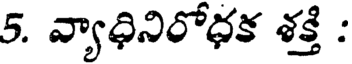
5. వ్యాధినిరోధక శక్తి :